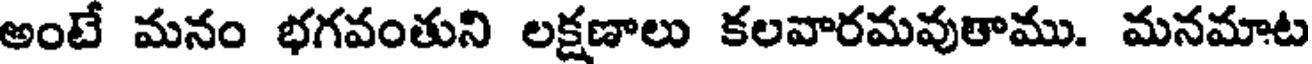
అంటే మనం భగవంతుని లక్షణాలు కలవారమవుతాము. మనమాట